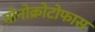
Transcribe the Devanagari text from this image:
मोनोक्रोटोफास